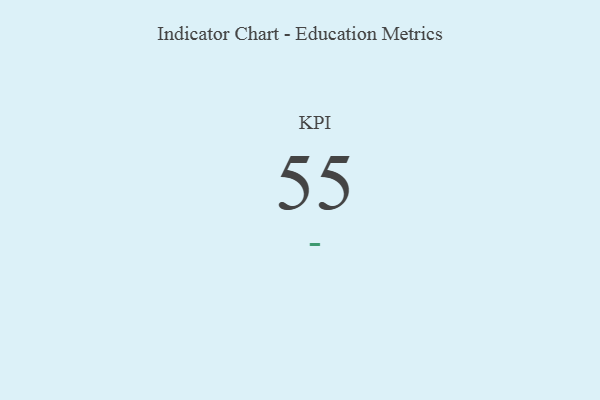
{"axis": {"x": "KPI", "y": "Value"}, "legend": [""], "data": [{"x": "KPI", "y": 55, "type": ""}]}